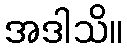
အဒါသိ။